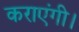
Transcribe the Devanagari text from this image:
कराएंगी।